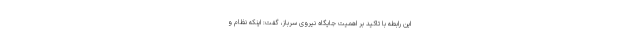
این رابطه با تاکید بر اهمیت جایگاه نیروی سرباز، گفت: اینکه نظام و